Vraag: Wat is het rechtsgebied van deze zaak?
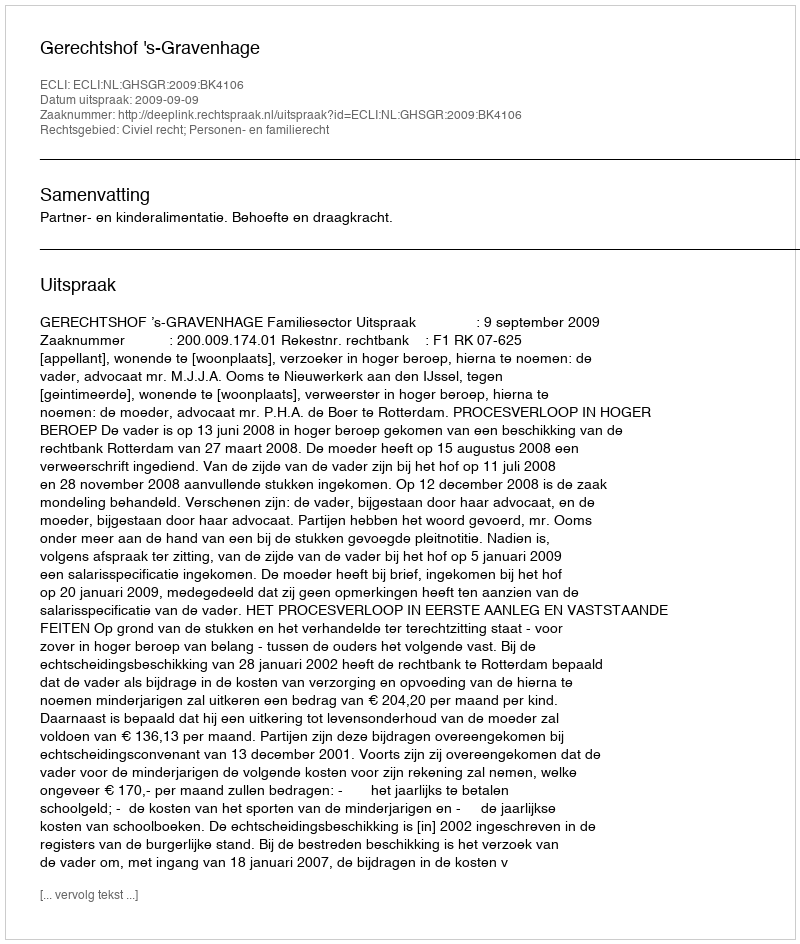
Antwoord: Civiel recht; Personen- en familierecht